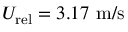
U _ { \mathrm { r e l } } = 3 . 1 7 ~ \mathrm { { m } / { s } }